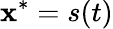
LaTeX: \mathbf{x}^{*}=s(t)